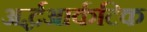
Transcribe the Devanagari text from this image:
अर्द्धआर्कटिक